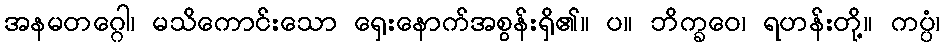
အနမတဂ္ဂေါ၊ မသိကောင်းသော ရှေးနောက်အစွန်းရှိ၏။ ပ။ ဘိက္ခဝေ၊ ရဟန်းတို့။ ကပ္ပံ၊